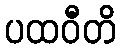
ပထဝီတိ